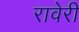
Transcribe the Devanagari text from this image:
रावेरी